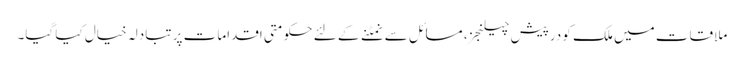
ملاقات میں ملک کو درپیش چیلنجز، مسائل سے نمٹنے کے لئے حکومتی اقدامات پر تبادلہ خیال کیا گیا۔